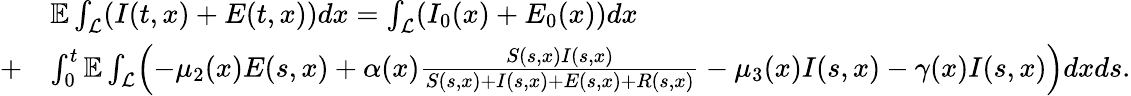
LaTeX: \begin{array}{rl}&{\mathbb{E}\int_{\mathcal{L}}(I(t,x)+E(t,x))dx=\int_{\mathcal{L}}(I_{0}(x)+E_{0}(x))dx}\\ {+}&{\int_{0}^{t}\mathbb{E}\int_{\mathcal{L}}\Bigl(-\mu_{2}(x)E(s,x)+\alpha(x)\frac{S(s,x)I(s,x)}{S(s,x)+I(s,x)+E(s,x)+R(s,x)}-\mu_{3}(x)I(s,x)-\gamma(x)I(s,x)\Bigr)dxds.}\end{array}